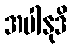
အပါနုဒိ